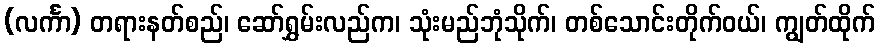
(လင်္ကာ) တရားနတ်စည်၊ ဆော်ရွှမ်းလည်က၊ သုံးမည်ဘုံသိုက်၊ တစ်သောင်းတိုက်ဝယ်၊ ကျွတ်ထိုက်